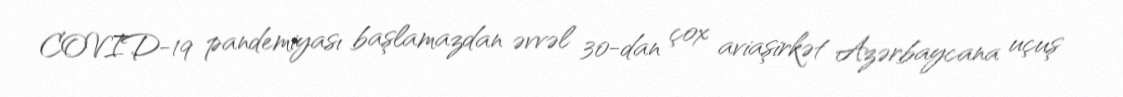
COVID-19 pandemiyası başlamazdan əvvəl 30-dan çox aviaşirkət Azərbaycana uçuş